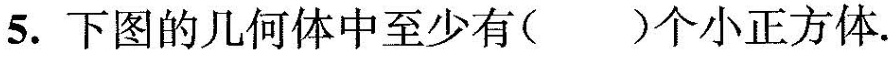
5.下图的几何体中至少有()个小正方体.